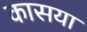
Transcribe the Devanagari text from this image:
कासया